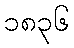
၁၈၃၆